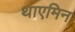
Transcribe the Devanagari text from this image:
थाएमिन